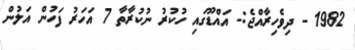
1982 - ދިވެހިރާއްޖެ:- އައްޑޫގައި ހުކުރު ނުކުރާތާ 7 އަހަރު ފަހުން އަލުން